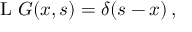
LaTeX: \operatorname { L } \, G ( x , s ) = \delta ( s - x ) \, ,